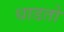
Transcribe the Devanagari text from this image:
धाडतो